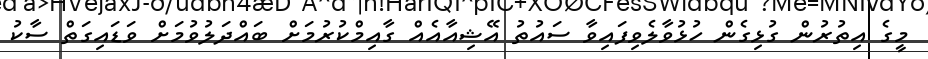
މީގެ އިތުރުން ގުޅިގެން ހުޅުވާލެވިފައިވާ ސައުތު އޭޝިއާއެއް ގާއިމްކުރުމަށް ބައްދަލުވުމަށް ވަޑައިގަތް ސާކު